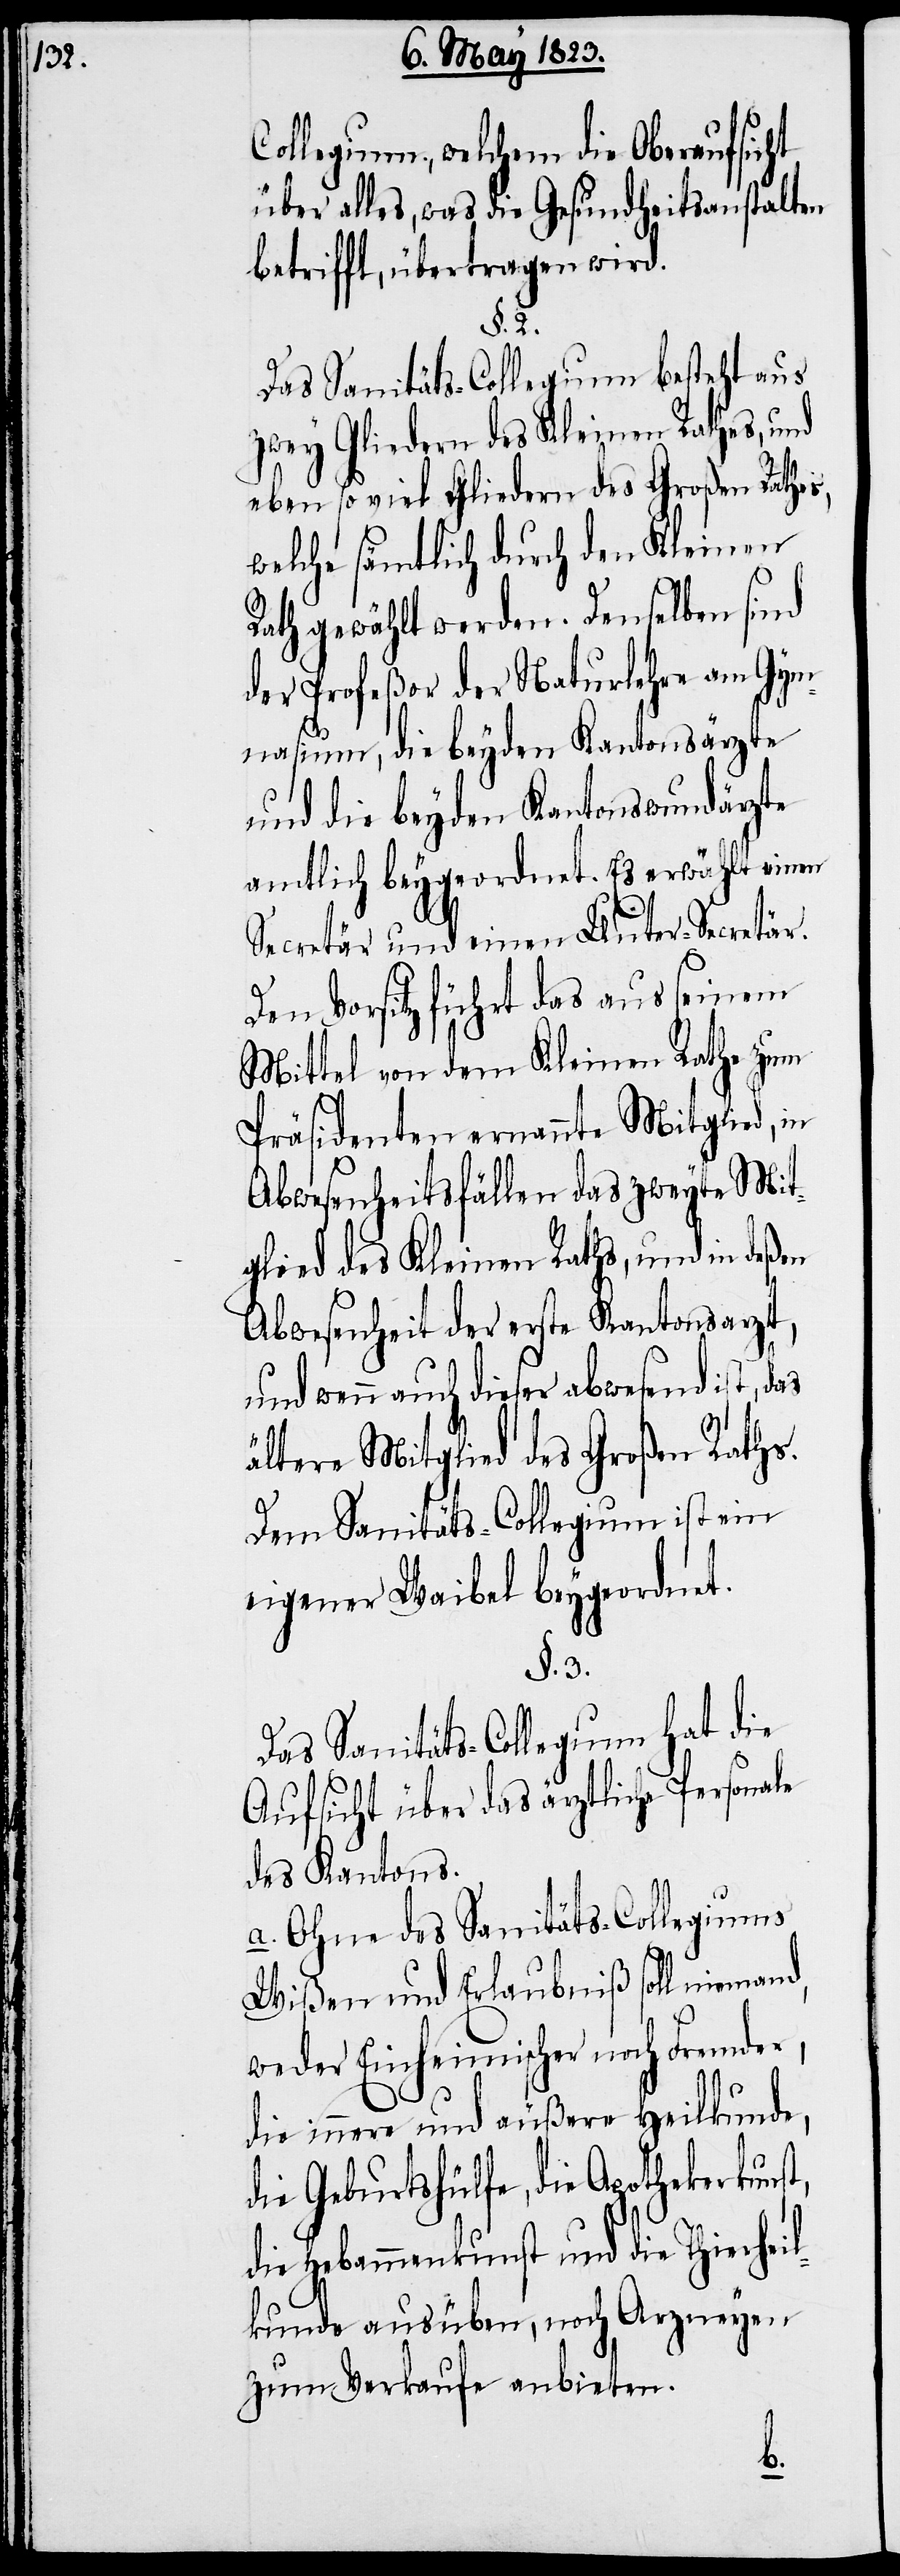
Collegium, welchem die Oberaufsicht
über alles, was die Gesundheitsanstalten
betrifft, übertragen wird.
§. 2.
Das Sanitäts-Collegium besteht aus
zwey Gliedern des Kleinen Rathes, und
eben so viel Gliedern des Großen Rathes,
welche sämtlich durch den Kleinen
Rath gewählt werden. Denselben sind
der Profeßor der Naturlehre am Gym¬
nasium, die beyden Kantonsärzte
und die beyden Kantonswundärzte
amtlich beygeordnet. Es erwählt einen
Secretär und einen Unter-Secretär.
Den Vorsitz führt das aus seinem
Mittel von dem Kleinen Rathe zum
Präsidenten ernannte Mitglied, in
Abwesenheitsfällen das zweyte Mit¬
glied des Kleinen Raths, und in deßen
Abwesenheit der erste Kantonsarzt,
und wenn auch dieser abwesend ist, das
ältere Mitglied des Großen Raths.
Dem Sanitäts-Collegium ist ein
eigener Waibel beygeordnet.
§. 3.
Das Sanitäts-Collegium hat die
Aufsicht über das ärztliche Personale
des Kantons.
d,
a. Ohne des Sanitäts-Collegiums
Wißen und Erlaubniß soll nieman¬
weder Einheimischer noch Fremder,
die innere und äußere Heilkunde,
die Geburtshülfe, die Apothekerkunst,
die Hebammenkunst und die Thierheil¬
kunde ausüben, noch Arzneyen
zum Verkaufe anbieten.